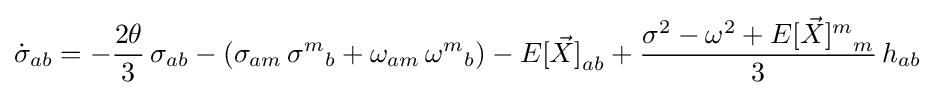
{\dot {\sigma }}_{ab}=-{\frac {2\theta }{3}}\,\sigma _{ab}-\left(\sigma _{am}\,{\sigma ^{m}}_{b}+\omega _{am}\,{\omega ^{m}}_{b}\right)-{E[{\vec {X}}]}_{ab}+{\frac {\sigma ^{2}-\omega ^{2}+{E[{\vec {X}}]^{m}}_{m}}{3}}\,h_{ab}